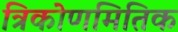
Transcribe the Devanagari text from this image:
त्रिकोणमितिक